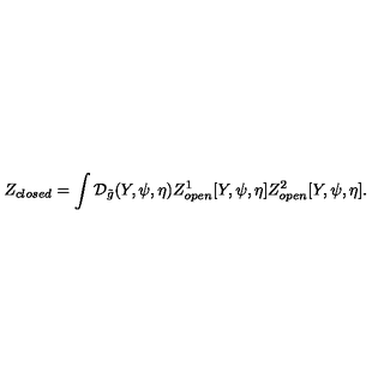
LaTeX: { Z _ { c l o s e d } } = \int { \mathcal { D } _ { \tilde { g } } } ( Y , \psi , \eta ) { Z _ { o p e n } ^ { 1 } } [ Y , \psi , \eta ] { Z _ { o p e n } ^ { 2 } } [ Y , \psi , \eta ] .